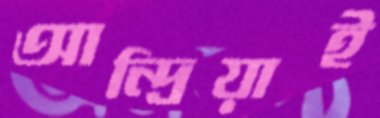
আন্দ্রিয়াই